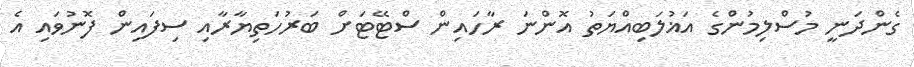
ގެންދަނީ މުސްލިމުންގެ އަޣުލަބިއްޔަތު އޮންނަ ރާހައިން ސްޓޭޓަށް ބަރުހަތިޔާރާއި ސިފައިން ފޮނުވައި އެ